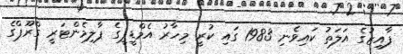
ފާއިޒުގެ އަލަތު ކައިވެނި 1983 ގައި ކުރީ މިހާރު އެމްޑީޕީގެ ޕާލިމެންޓަރީ ގްރޫޕްގެ